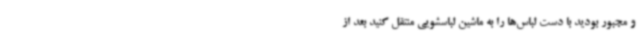
و مجبور بودید با دست لباس‌ها را به ماشین لباسشویی منتقل کنید بعد از